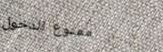
ممنوع الدخول